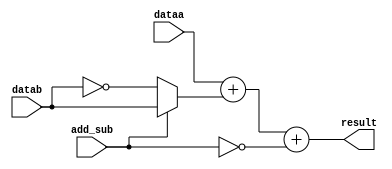
// +++++++++++++++++++++++++++++++++++++++++++++++++++++++++++++++++++++++++++++++++++++++++++++++++
//
// This file is part of the M32632 project
// http://opencores.org/project,m32632
//
//	Version:	2.0
//	History:	1.0 first release of 30 Mai 2015
//
// Copyright (C) 2016 Udo Moeller
// 
// This source file may be used and distributed without 
// restriction provided that this copyright statement is not 
// removed from the file and that any derivative work contains 
// the original copyright notice and the associated disclaimer.
// 
// This source file is free software; you can redistribute it 
// and/or modify it under the terms of the GNU Lesser General 
// Public License as published by the Free Software Foundation;
// either version 2.1 of the License, or (at your option) any 
// later version. 
// 
// This source is distributed in the hope that it will be 
// useful, but WITHOUT ANY WARRANTY; without even the implied 
// warranty of MERCHANTABILITY or FITNESS FOR A PARTICULAR 
// PURPOSE. See the GNU Lesser General Public License for more 
// details. 
// 
// You should have received a copy of the GNU Lesser General 
// Public License along with this source; if not, download it 
// from http://www.opencores.org/lgpl.shtml 
// 
// +++++++++++++++++++++++++++++++++++++++++++++++++++++++++++++++++++++++++++++++++++++++++++++++++
//
//	Testversion mit Pipeline Register in SFPU_ADDSUB **************
//
//	Modules contained in this file:
//	1. ADDSUB		Adder and Subtractor for 36 bit
//	2. SFPU_ADDSUB	Single Precision Floating Point Adder/Subtractor and Converter
//	3. SFPU_MUL		Single Precision Floating Point Multiplier
//	4. SP_FPU		Top Level of Single Precision Floating Point Unit
//
// ++++++++++++++++++++++++++++++++++++++++++++++++++++++++++++++++++++++++++++++++++++++++++++++++++

// ++++++++++++++++++++++++++++++++++++++++++++++++++++++++++++++++++++++++++++++++++++++++++++++++++
//
//	1. ADDSUB		Adder and Subtractor for 36 bit
//
// ++++++++++++++++++++++++++++++++++++++++++++++++++++++++++++++++++++++++++++++++++++++++++++++++++
module ADDSUB (dataa, datab, add_sub, result);

	input	[35:0]	dataa,datab;
	input			add_sub;	// 1 = Addition , 0 = Subtraction
	output	[35:0]	result;
	
	assign result = dataa + (add_sub ? datab : ~datab) + {35'd0,~add_sub};
	
endmodule

// ++++++++++++++++++++++++++++++++++++++++++++++++++++++++++++++++++++++++++++++++++++++++++++++++++
//
//	2. SFPU_ADDSUB	Single Precision Floating Point Adder/Subtractor and Converter
//
// ++++++++++++++++++++++++++++++++++++++++++++++++++++++++++++++++++++++++++++++++++++++++++++++++++
module SFPU_ADDSUB ( BCLK, SRC1, SRC2, NZEXP, BWD, SELECT, OUT, IOUT, CMPRES );

	input			BCLK;
	input	[31:0]	SRC1,SRC2;	// Input data
	input	 [2:1]	NZEXP;
	input	 [1:0]	BWD;		// size of integer
	input	 [3:0]	SELECT;

	output		[36:0]	OUT;	// the result
	output	reg [31:0]	IOUT;	// result of ROUNDFi/TRUNCFi/FLOORFi
	output	reg  [1:0]	CMPRES;

	// ++++++++++++++++++++++++++++++++++
	// MOViF : 1. step
	
	reg  [31:0]	movdat;
	wire [31:0]	movif;

	always @(BWD or SRC1)
		casex(BWD)
		  2'b00 : movdat = {{24{SRC1[7]}}, SRC1[7:0]};	// Byte
		  2'b01 : movdat = {{16{SRC1[15]}},SRC1[15:0]};	// Word
		default : movdat = 		SRC1[31:0];				// Double
		endcase
		
	assign movif = ({32{movdat[31]}} ^ movdat) + {31'h0,movdat[31]};
								// -2^31 is kept
	
	// ROUNDFi/TRUNCFi/FLOORFi : 1. step
	
	reg			ovflag,ovflag2;
	wire [8:0]	rexdiff,rexo;
	reg			rovfl;
	wire		minint;
	wire 		ganzklein;	// Flag for 0
	
	assign rexdiff = 9'h09D - {1'b0,SRC1[30:23]};	// 4..0 is the right shift value
	always @(posedge BCLK) rovfl <= (ovflag | ovflag2) & (SELECT[1:0] == 2'b11) & ~minint;
	assign ganzklein = (~rexdiff[8]	& (rexdiff[7:5] != 3'b000));	// 0 is implicit via SRC1[30:23]=0
	
	// Detection of Overflow
	assign rexo = ({1'b0,SRC1[30:23]} - {8'h3F,~BWD[1]});	// subtract B/W = 7F , D = 7E
	
	always @(BWD or rexo)
		casex (BWD)
		  2'b00 : ovflag = (~rexo[8] & (rexo[7:3] != 5'h0));	// Exponent 0..7 because of -128.4 => -128
		  2'b01 : ovflag = (~rexo[8] & (rexo[7:4] != 4'h0));	// Exponent 0..15 because of -128.4 => -128
		default : ovflag = (~rexo[8] & (rexo[7:5] != 3'h0));	// Exponent only 0..30 
		endcase
		
	assign minint = (SRC1 == 32'hCF00_0000) & BWD[1];	// detection of -2^31
	
	// ++++++++++++++++++++++++++++++++++
	// ADD/SUB : 1. step : which operand ist bigger ? if required exchange
	// SUB/CMP : SRC2 - SRC1
	
	wire  [8:0]	exdiff;
	wire [23:0]	madiff;
	wire		switch,sign1,sign2;
	reg			variante;
	wire		vorz,addflag;
	wire [35:0]	result,result_sw,result_nosw;
	wire [24:0] value1,value2;
	wire		cmp_res;
	
	assign exdiff = {1'b0,SRC2[30:23]} - {1'b0,SRC1[30:23]};	// Difference of Exponents
	assign madiff = {1'b0,SRC2[22:0]}  - {1'b0,SRC1[22:0]};		// Difference of Mantissas
	
	// if exdiff = 0 the shifter to the right is not needed ! MUX at the end, ROUND/TRUNC/MOViF uses case 1
	always @(posedge BCLK) variante <= (exdiff[8:1] == 8'h00) | (exdiff == 9'h1FF) | SELECT[1];
	
// ++++++++++++++++++++++++++  1. case works on MOViF  +++++++++++++++++++++++++++++++++++++++

	assign switch = exdiff[8] | ((exdiff[7:0] == 8'h0) & madiff[23]);	// exchange ?

	assign value1 = exdiff[0] ? {1'b0,NZEXP[1],SRC1[22:0]} : {NZEXP[1],SRC1[22:0],1'b0};
	assign value2 = exdiff[0] ? {1'b0,NZEXP[2],SRC2[22:0]} : {NZEXP[2],SRC2[22:0],1'b0};
	
	// The Subtraction needs 3 Guard-Bits after LSB for rounding ! 36 Bit wide
	//												1
	ADDSUB	addsub_nosw	(.dataa({1'b0,SRC2[30:23],NZEXP[2],SRC2[22:0],3'b000}),	
						 .datab({9'h0,value1,2'b0}), .add_sub(addflag), 
						 .result(result_nosw) );

	ADDSUB	addsub_sw	(.dataa({1'b0,SRC1[30:23],NZEXP[1],SRC1[22:0],3'b000}),	
						 .datab({9'h0,value2,2'b0}), .add_sub(addflag), 
						 .result(result_sw) );

	assign result = switch ? result_sw : result_nosw;
	
	//	SRC2   SRC1	: switch = 0		SRC2   SRC1 : switch = 1
	//	  5  +   3  : +(5 + 3) =  8		  3  +   5  : +(5 + 3) =  8		SELECT[0] = 0
	//	  5  + (-3) : +(5 - 3) =  2		  3  + (-5) : -(5 - 3) = -2
	//	(-5) +   3  : -(5 - 3) = -2		(-3) +   5  : +(5 - 3) =  2
	//	(-5) + (-3) : -(5 + 3) = -8		(-3) + (-5) : -(5 + 3) = -8
	//	  5  -   3  : +(5 - 3) =  2		  3  -   5  : -(5 - 3) = -2		SELECT[0] = 1
	//	  5  - (-3) : +(5 + 3) =  8		  3  - (-5) : +(5 + 3) =  8
	//	(-5) -   3  : -(5 + 3) = -8		(-3) -   5  : -(5 + 3) = -8
	//	(-5) - (-3) : -(5 - 3) = -2		(-3) - (-5) : +(5 - 3) =  2
	
	assign sign1 = SRC1[31];
	assign sign2 = SRC2[31];
	
	assign vorz    = switch ? (SELECT[0] ^ sign1) : sign2;
	assign addflag = ~(SELECT[0] ^ (sign1 ^ sign2));

	// CMPF : 1. step : what happend if Invalid Operand occurs - no Flag update !
	
	assign cmp_res = (SRC1 == SRC2) | (~NZEXP[2] & ~NZEXP[1]);		// Z-Bit : SRC1=SRC2, +0.0 = -0.0
	always @(posedge BCLK) CMPRES <= {(~cmp_res & (switch ? ~sign1 : sign2)),cmp_res};	// see table above : N-Bit=1 if SRC1 > SRC2	

	// ++++++++++++++++++++++++++++++++++
	// ADD/SUB : 3. step : prepare of Barrelshifter Left
	
	wire [31:0] blshift;
	reg   [9:0]	shiftl;
	wire		shift_16;
	reg	 [33:0] add_q;
	wire [31:0]	muxsrc2;
	wire  [1:0] inex;
	
	assign blshift = SELECT[1] ? movif : {result[26:0],5'h00};	// Feeding of MOViF

	always @(posedge BCLK) shiftl <= SELECT[1] ? 10'h09E : {1'b0,result[35:27]};	// MOViF

	assign shift_16 = (blshift[31:16] == 16'h0000);

	// In case of ADD the result bypasses the Barrelshifter left
	always @(posedge BCLK) add_q <= (muxsrc2[24] != result[27]) ? {result[35:3],(result[2:0] != 3'b000)}
																: {result[35:27],result[25:2],(result[1:0] != 2'b00)} ;
	
	// ++++++++++++++++++++++++++++++++++
	// ADD/SUB : 4. step : Barrelshifter left for SUB and MOViF :
	
	wire		shift_8,shift_4,shift_2,shift_1;
	wire  [1:0] lsb_bl;
	wire [31:0]	blshifta,blshiftc,blshiftd,blshifte;
	reg	 [31:0] blshiftb;
	wire  [9:0]	expol;
	wire [36:0] out_v1;
	reg	  [1:0]	rinex;
	reg			zero,sign,select_v1;
	reg	  [4:3] pshift;
	
	assign blshifta = shift_16 ? {blshift[15:0],16'd0}	: blshift;
	assign shift_8 = (blshifta[31:24] == 8'h00);
	always @(posedge BCLK)
		   blshiftb <= shift_8 ? {blshifta[23:0],8'd0}	: blshifta;
	assign shift_4 = (blshiftb[31:28] == 4'h0);
	assign blshiftc = shift_4  ? {blshiftb[27:0],4'd0}	: blshiftb;
	assign shift_2 = (blshiftc[31:30] == 2'b00);
	assign blshiftd = shift_2  ? {blshiftc[29:0],2'd0}	: blshiftc;
	assign shift_1 = ~blshiftd[31];
	assign blshifte = shift_1  ? {blshiftd[30:0],1'b0}	: blshiftd;
	
	always @(posedge BCLK) pshift  <= {shift_16,shift_8};

	// Overflow at ROUNDFi/TRUNCFi/FLOORFi via overflow in exponent shown, SELECT[1] is then 1 !
	assign expol = (shiftl - {5'h00,pshift,shift_4,shift_2,shift_1}) | {1'b0,rovfl,8'd0};
		
	always @(posedge BCLK) rinex <= inex;
	// Inexact at ROUNDFi/TRUNCFi/FLOORFi : evaluation for all one level higher
	assign lsb_bl = (SELECT[1:0] == 2'b11) ? rinex : {blshifte[7],(blshifte[6:0] != 7'd0)};
	
	always @(posedge BCLK) zero <=  (~SELECT[1] & ~NZEXP[2] & ~NZEXP[1])	
								  | ((blshift == 32'h0) & ((~addflag & ~SELECT[1]) | (SELECT[1:0] == 2'b10)));
	
	always @(posedge BCLK) sign <= SELECT[1] ? movdat[31] : vorz;
	
	always @(posedge BCLK) select_v1 <= addflag & ~SELECT[1];
	
	assign out_v1 = select_v1 ? {zero,sign,1'b0,add_q}
							  : {zero,sign,expol,blshifte[30:8],lsb_bl};
	
// +++++++++++++++++++++++++  2. case works on ROUND/TRUNC/FLOOR  ++++++++++++++++++++++++++++++++++

	wire		vswitch;
	wire  [4:0]	shift1,shift2;
	wire  [8:0]	exdiff12;
	wire [23:0]	muxsrc1;
	wire [32:9]	pipe1;	// numbering special for Right Shifter
	wire  [4:0]	shift;
	
// the difference between SRC1 and SRC2 is bigger/equal 4:1 => no Barrelshifter after ADDSUB neccessary

	assign vswitch = exdiff[8];	// exchange ?
		
	assign shift1 = (exdiff[7:5] != 3'h0) ? 5'h1F : exdiff[4:0];
	assign exdiff12 = {1'b0,SRC1[30:23]} - {1'b0,SRC2[30:23]};	// caclulate already
	assign shift2 = (exdiff12[7:5] != 3'h0) ? 5'h1F : exdiff12[4:0];
	
	assign muxsrc2 = vswitch ? {SRC1[30:23],1'b1,SRC1[22:0]} : {SRC2[30:23],1'b1,SRC2[22:0]};	// Including exponent
	assign muxsrc1 = vswitch ? {NZEXP[2],SRC2[22:0]} : {NZEXP[1],SRC1[22:0]};

	assign pipe1 = SELECT[1] ? (ganzklein ? 24'h0 : {NZEXP[1],SRC1[22:0]}) : muxsrc1;	// Feeding in R.T.F.
		
	assign shift = SELECT[1] ? rexdiff[4:0] : (vswitch ? shift2 : shift1);
		
	// ++++++++++++++++++++++++++++++++++
	// ADD/SUB + ROUND/TRUNC/FLOOR : 2. step : Barrelshifter to right -->
	
	wire [32:0] brshifta,brshiftb,brshiftc,brshiftd;
	wire [32:0] brshifte;	// last stage
	
	// 33322222222221111111111
	// 2109876543210987654321098765432-10
	// 1VVVVVVVVVVVVVVVVVVVVVVV0000000-00	// last 2 Bit for rounding
	
	assign brshifta = shift[4] ? {16'h0,pipe1[32:17],  (pipe1[16:9]   != 8'h00)}  : {pipe1,9'h0};
	assign brshiftb = shift[3] ? { 8'h0,brshifta[32:9],(brshifta[8:0] != 9'h000)} : brshifta;
	assign brshiftc = shift[2] ? { 4'h0,brshiftb[32:5],(brshiftb[4:0] != 5'h00)}  : brshiftb;
	assign brshiftd = shift[1] ? { 2'h0,brshiftc[32:3],(brshiftc[2:0] != 3'h0)}   : brshiftc;
	assign brshifte = shift[0] ? { 1'b0,brshiftd[32:2],(brshiftd[1:0] != 2'h0)}   : brshiftd;
	
	// ++++++++++++++++++++++++++++++++++
	// ROUNDFi/TRUNCFi/FLOORFi : 3. step : round to integer
	
	reg			car_ry;
	wire [32:0] iadder;
	
	assign inex = brshifte[1:0];		// Inexact-Flag-Data via multiplexer at the end
	
	always @(SELECT or sign1 or brshifte or inex or ganzklein)
		casex (SELECT[3:2])
		    2'b00 : car_ry = sign1 ^ ((brshifte[2:0] == 3'b110) | (inex == 2'b11));	// ROUNDLi
		    2'b1x : car_ry = sign1 ? (~ganzklein & (inex == 2'b00)) : 1'b0;	// +numbers like TRUNCLi, -numbers round to "-infinity"
		  default : car_ry = sign1;	// TRUNCLi , simple cut
		endcase

	assign iadder = (sign1 ? {2'b11,~brshifte[32:2]} : {2'b0,brshifte[32:2]}) + {32'h0,car_ry};
	
	always @(posedge BCLK) IOUT <= minint ? 32'h8000_0000 : iadder[31:0];

	always @(iadder or BWD or sign1)	// special overflow detection i.e. -129 bis -255 bei Byte
		casex (BWD)						// or 127.9 -> 128 = Fehler !
		  2'b00 : ovflag2 = (iadder[8]  != iadder[7]);	// Byte
		  2'b01 : ovflag2 = (iadder[16] != iadder[15]);	// Word
		default : ovflag2 = (iadder[32] != iadder[31]);	// Double
		endcase
		
	// ++++++++++++++++++++++++++++++++++
	// only ADD/SUB : 3. step : Add or Subtract
	// the modul ADDSUB integrates the carry from the mantissa : 35 Bit
	
	wire		lsb;
	wire [35:0]	vresult;
	wire  [7:0]	eminus1;
	wire [33:0] vadd_q,vsub_q;
	wire		vzero;
	reg	 [36:0] out_v0;
	
	assign lsb = (brshifte[6:0] != 7'h00);

	// Adder-Definition : "0"(8 Bit Exponent)"1"(23 Bit Mantissa)"000"

	ADDSUB	addsub_v	(.dataa({1'b0,muxsrc2,3'b000}),
						 .datab({9'h0,brshifte[32:7],lsb}), .add_sub(addflag), 
						 .result(vresult) );
						
	assign eminus1 = muxsrc2[31:24] - 8'h01;	// a greater Underflow can not exist, because minimal Exponent = 0..01

	// Case ADD : Bit 23 : LSB of exponent
	assign vadd_q = (muxsrc2[24] != vresult[27]) ? {vresult[35:3],(vresult[2:0] != 3'b000)}
												 : {vresult[35:27],vresult[25:2],(vresult[1:0] != 2'b00)} ;

	// Case SUB : Bit 26 : "hidden" MSB of mantissa
	assign vsub_q = vresult[26] ? {vresult[35:27],     vresult[25:2],(vresult[1:0] != 2'b00)}	// like the vadd_q "0" case
							    : {vresult[35],eminus1,vresult[24:0]} ;
							   
	// SELECT[1] has here no meaning
	assign vzero = (vresult[26:0] == 27'h0);	// only if "-" can be the result 0

	always @(posedge BCLK) out_v0 <= addflag ? { 1'b0,vorz,1'b0,vadd_q}
											 : {vzero,vorz,1'b0,vsub_q} ;
	
	assign OUT = variante ? out_v1 : out_v0;	// Last multiplexer
	
endmodule

// ++++++++++++++++++++++++++++++++++++++++++++++++++++++++++++++++++++++++++++++++++++++++++++++++++
//
//	3. SFPU_MUL		Single Precision Floating Point Multiplier
//
// ++++++++++++++++++++++++++++++++++++++++++++++++++++++++++++++++++++++++++++++++++++++++++++++++++
module SFPU_MUL ( BCLK, SRC1, SRC2, MRESULT, NZEXP, OUT);

	input			BCLK;
	input	[31:0]	SRC1,SRC2;	// only exponent of input data used
	input	[47:0]	MRESULT;
	input	 [2:1]	NZEXP;		// Flags of input data
	
	output	reg	[36:0]	OUT;		// The result

	wire  [9:0] exponent,expoh,expol;
	wire  [1:0] restlow,resthigh;
	wire 		zero,sign,orlow;
		
	assign zero = 	~NZEXP[2] | ~NZEXP[1];	// one of both NULL -> NULL is the result
	assign sign = 	(SRC1[31] ^ SRC2[31]) & ~zero;
	assign orlow = 	(MRESULT[21:0] != 22'b0);
	
	assign restlow  = {MRESULT[22],orlow};
	assign resthigh = {MRESULT[23],(MRESULT[22] | orlow)};
	
	assign exponent = {2'b00,SRC1[30:23]} + {2'b00,SRC2[30:23]};
	assign expoh    = exponent - 10'h07E;
	assign expol	= exponent - 10'h07F;	// for MSB if MRESULT=0
	
	always @(posedge BCLK) OUT <= MRESULT[47] ? {zero,sign,expoh,MRESULT[46:24],resthigh}
											  : {zero,sign,expol,MRESULT[45:23],restlow};
	
endmodule

// ++++++++++++++++++++++++++++++++++++++++++++++++++++++++++++++++++++++++++++++++++++++++++++++++++
//
//	4. SP_FPU		Top Level of Single Precision Floating Point Unit
//
// ++++++++++++++++++++++++++++++++++++++++++++++++++++++++++++++++++++++++++++++++++++++++++++++++++
module SP_FPU (BCLK, START, OPCODE, SRC1, SRC2, FSR, MRESULT, BWD, FL, FP_OUT, I_OUT, TT_SP, SP_CMP, SP_MUX, LD_FSR, UP_SP);

	input			BCLK;		// is not used !
	input			START;
	input	 [7:0]	OPCODE;	
	input	[31:0]	SRC1,SRC2;	// Input data
	input	 [8:3]	FSR;		// Floating Point Status Register
	input	[47:0]	MRESULT;	// Multiplier result
	input	 [1:0]	BWD;		// Size of integer
	input			FL;

	output	[31:0]	FP_OUT,I_OUT;	// The results
	output	 [4:0]	TT_SP;		// Trap-Type
	output	 [2:0]	SP_CMP;		// CMPF result
	output			SP_MUX,LD_FSR;
	output	reg		UP_SP;

	reg		 [2:0]	tt;
	reg		 [3:0]	select;
	reg				nan;
	reg				car_ry;

	wire	[36:0]	mulout,addout,fpout;
	wire	 [2:1]	nzexp;
	wire	[34:2]	rund;		// Indexnumbers like xxxout
	wire			overflow,underflow,inexact;
	wire			op_cmp;
	wire			nan_1,nan_2;
	
	// Control of datapath 

	always @(OPCODE)
		casex (OPCODE)
		  8'b1011_0000 : select = 4'b1000;	// 0 0 0 :	ADDF	Shifter are reused
		  8'b1011_0100 : select = 4'b1001;	// 0 0 1 :	SUBF
		  8'b1001_000x : select = 4'b1010;	// 0 1 0 :	MOViF
		  8'b1001_100x : select = 4'b1011;	// 0 1 1 :	ROUNDFi
		  8'b1001_101x : select = 4'b1011;	// 0 1 1 :	TRUNCFi
		  8'b1001_111x : select = 4'b1011;	// 0 1 1 :	FLOORFi
		  8'b1011_0010 : select = 4'b1001;	// 0 0 1 :	CMPF
		  8'b1011_1100 : select = 4'b1100;	// 1 x x :	MULF
		  default      : select = 4'b0;
		endcase

	assign SP_MUX = select[3] & (select[1:0] != 2'b11) & FL;	// Output multiplexer
	
	assign LD_FSR = (OPCODE[7:4] == 4'h9) & (OPCODE[3:1] == 3'b001);	// LFSR does only Double (according datasheet NS32016)
	always @(posedge BCLK) UP_SP = select[3] & FL & START;				// All FPU opcodes of SP_FPU, all are using 2 Clock
	assign op_cmp = (OPCODE == 8'hB2) & FL;
	
	// SRCFLAGS
	
	assign nzexp[2]	= (SRC2[30:23] != 8'd0);		// only exponent 0 ,denormalized Number => NAN !
	assign nzexp[1] = (SRC1[30:23] != 8'd0);		// only exponent 0 ,denormalized Number => NAN !
	assign nan_2 	= (SRC2[30:23] == 8'hFF) | (~nzexp[2] & (SRC2[22:0] != 23'd0));	// NAN
	assign nan_1 	= (SRC1[30:23] == 8'hFF) | (~nzexp[1] & (SRC1[22:0] != 23'd0));	// NAN

	always @(posedge BCLK) nan <= (select[1:0] == 2'b11) ? nan_1 : (~select[1] & (nan_2 | nan_1));
	
	// 001 : ADDF,... + 011 : CMPF
	SFPU_ADDSUB IADDSUB	( .BCLK(BCLK), .SRC1(SRC1), .SRC2(SRC2), .NZEXP(nzexp), .BWD(BWD),
						  .SELECT({OPCODE[2:1],select[1:0]}), .OUT(addout), .IOUT(I_OUT), .CMPRES(SP_CMP[1:0]) );
					
	// 100 : MULF
	SFPU_MUL IMUL ( .BCLK(BCLK), .SRC1(SRC1), .SRC2(SRC2), .MRESULT(MRESULT), .OUT(mulout), .NZEXP(nzexp) );
					
	// FP - Pfad : selection of result and rounding :

	assign fpout = (OPCODE[5] & OPCODE[3]) ? mulout : addout;
	
	always @(FSR or fpout)	// calculate Carry according rounding mode, fpout[35] = sign bit
		casex (FSR[8:7])
		  2'b00 : car_ry = ((fpout[1:0] == 2'b10) & fpout[2]) | (fpout[1:0] == 2'b11);	// round to nearest
		  2'b10 : car_ry = ~fpout[35] & (fpout[1:0] != 2'b00);	// round to positiv infinity
		  2'b11 : car_ry =  fpout[35] & (fpout[1:0] != 2'b00);	// round to negativ infinity
		default : car_ry = 1'b0;								// round to zero
		endcase

	assign rund = {fpout[34:2]} + {32'h0,car_ry};
	
	// Detection of Overflow, Underflow and Inexact : epxonent is [34:25] = 10 Bits
	assign overflow  = ~rund[34] & (rund[33] | (rund[32:25] == 8'hFF));
	assign underflow = (rund[34] | (rund[33:25] == 9'h0)) & ~fpout[36];	// Zero-Flag
	assign inexact   = (fpout[1:0] != 2'b00);
	
	// CMPF can have no other error except NAN 
	always @(nan or op_cmp or overflow or underflow or inexact or FSR)
		casex ({nan,op_cmp,overflow,FSR[3],underflow,FSR[5],inexact})
			7'b1xxxxxx : tt = 3'b101;	// Invalid operation
			7'b001xxxx : tt = 3'b010;	// Overflow
			7'b00011xx : tt = 3'b001;	// Underflow
			7'b0000011 : tt = 3'b110;	// Inexact Result
			default	   : tt = 3'b000;	// no error
		endcase

	assign TT_SP = {(inexact & ~op_cmp),(underflow & ~op_cmp),tt};
	assign SP_CMP[2] = nan;	
	
	// Underflow Special case and force ZERO 
	assign FP_OUT = (underflow | fpout[36]) ? 32'd0 : {fpout[35],rund[32:2]};
	
endmodule